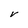
Character: V